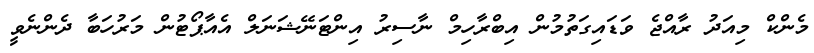
މެންކް މިއަދު ރާއްޖެ ވަޑައިގަތުމުން އިބްރާހިމް ނާސިރު އިންޓަނޭޝަނަލް އެއާޕޯޓުން މަރުހަބާ ދެންނެވީ